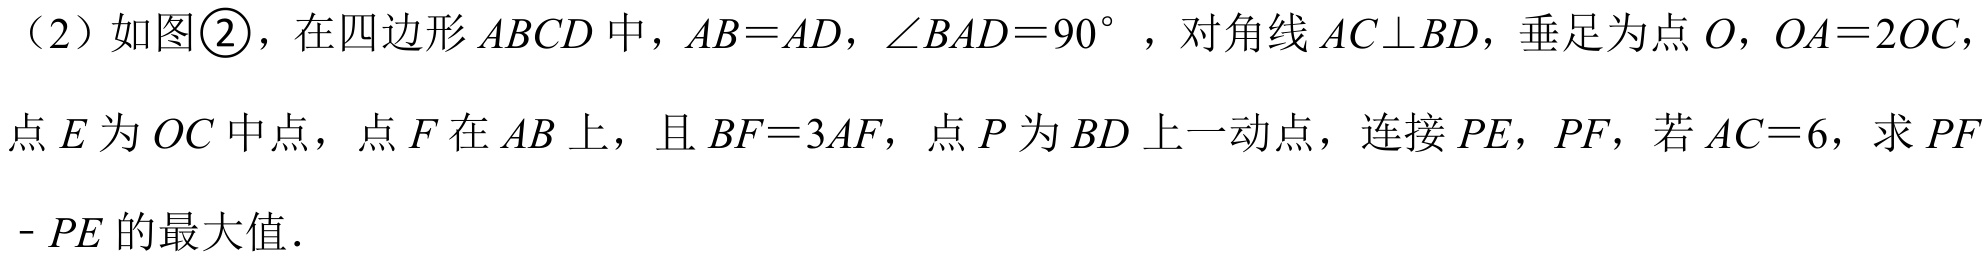
（2）如图\textcircled{2}，在四边形\(ABCD\)中，\(AB = AD\)，\(\angle BAD = 90^{\circ}\)，对角线\(AC\perp BD\)，垂足为点\(O\)，\(OA = 2OC\)，
点\(E\)为\(OC\)中点，点\(F\)在\(AB\)上，且\(BF = 3AF\)，点\(P\)为\(BD\)上一动点，连接\(PE\)，\(PF\)，若\(AC = 6\)，求\(PF - PE\)的最大值．